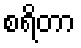
စရိတာ